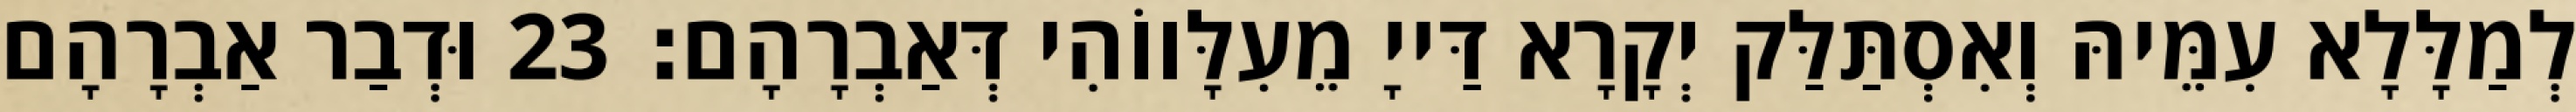
לְמַלָּלָא עִמֵּיהּ וְאִסְתַּלַּק יְקָרָא דַּייָ מֵעִלָּווֹהִי דְּאַבְרָהָם׃ 23 וּדְבַר אַבְרָהָם